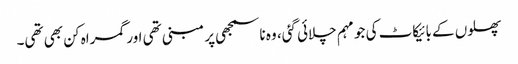
پھلوں کے بائیکاٹ کی جو مہم چلائی گئی، وہ ناسمجھی پر مبنی تھی اور گمراہ کن بھی تھی۔